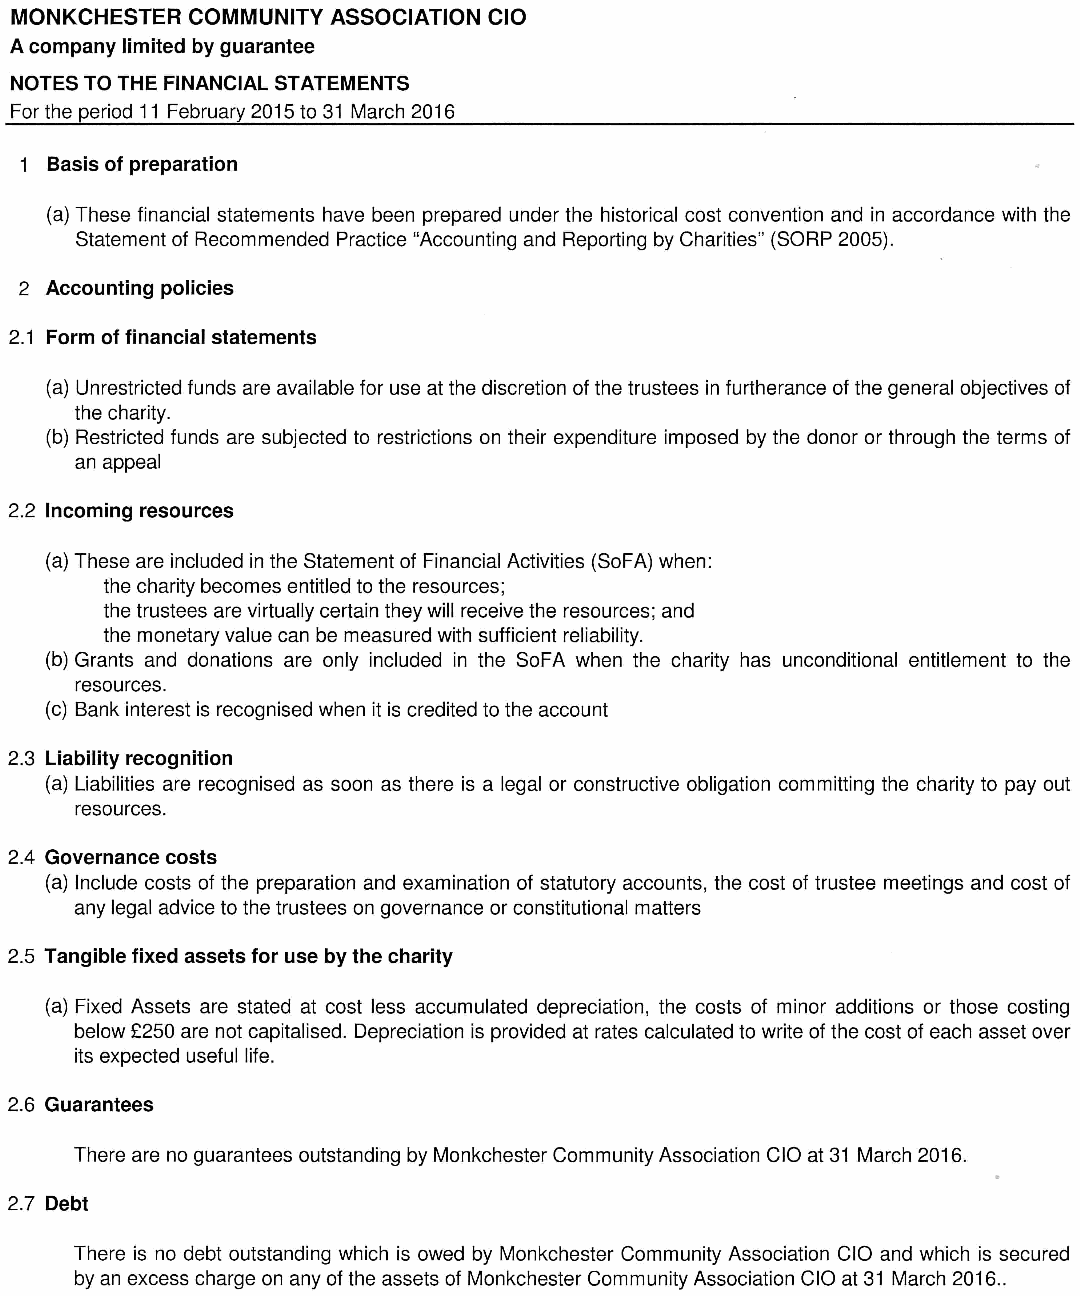
MONKCHESTER COMMUNITY ASSOCIATION CIO
 A company limited by guarantee
 NOTES TO THE FINANCIAL STATEMENTS
 For the period 11 February 2015 to 31 March 2016
 1 Basis of preparation
 (a) These financial statements have been prepared under the historical cost convention and in accordance with the
 Statement of Recommended Practice "Accounting and Reporting by Charities" (SORP 2005).
 2 Accounting policies
 2.1 Form of financial statements
 (a) Unrestricted funds are available for use at the discretion of the trustees in furtherance of the general objectives of
 the charity.
 (b) Restricted funds are subjected to restrictions on their expenditure imposed by the donor or through the terms of
 an appeal
 2.2 Incoming resources
 (a) These are included in the Statement of Financial Activities (SoFA) when:
 the charity becomes entitled to the resources;
 the trustees are virtually certain they will receive the resources; and
 the monetary value can be measured with sufficient reliability.
 (b) Grants and donations are only included in the SoFA when the charity has unconditional entitlement to the
 resources.
 (c) Bank interest is recognised when it is credited to the account
 2.3 Liability recognition
 (a) Liabilities are recognised as soon as there is a legal or constructive obligation committing the charity to pay out
 resources.
 2.4 Governance costs
 (a) Include costs of the preparation and examination of statutory accounts, the cost of trustee meetings and cost of
 any legal advice to the trustees on governance or constitutional matters
 2.5 Tangible fixed assets for use by the charity
 (a) Fixed Assets are stated at cost less accumulated depreciation, the costs of minor additions or those costing
 below £250 are not capitalised. Depreciation is provided at rates calculated to write of the cost of each asset over
 its expected useful life.
 2.6 Guarantees
 There are no guarantees outstanding by Monkchester Community Association CIO at 31 March 2016.
 2.7 Debt
 There is no debt outstanding which is owed by Monkchester Community Association CIO and which is secured
 by an excess charge on any of the assets of Monkchester Community Association CIO at 31 March 2016..